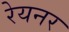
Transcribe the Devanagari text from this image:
रेयनर